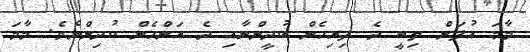
މާމަ އުފަން ތިބީ ދެ ފިރިހެން ކުދީންނާއި ދެ އަންހެން ކުދިންނެވެ. މާމަ